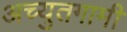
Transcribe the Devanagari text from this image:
अच्युतगामी